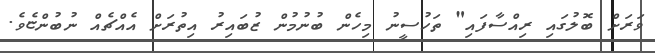
ވަރަށް ބޮލުގައި ރިއްސާފައި" ތަހުސީނު މިހެން ބުނުމުން ޒުބައިރު އިތުރަށް އެއްޗެއް ނުބުންޏެވެ.